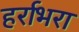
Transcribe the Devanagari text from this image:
हर्राभरा